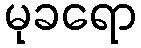
မုခရော